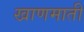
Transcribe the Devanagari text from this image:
खाणमाती